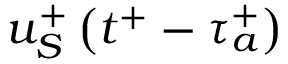
u _ { S } ^ { + } \left( t ^ { + } - \tau _ { a } ^ { + } \right)